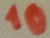
Text: 10